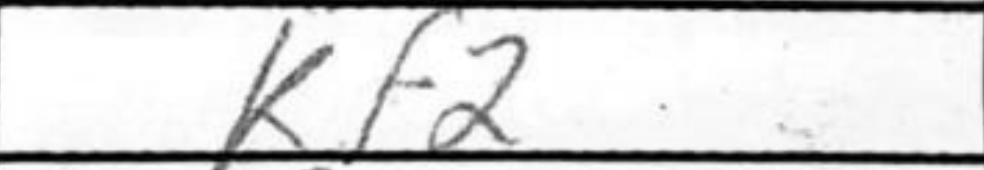
Transcription: Kf2